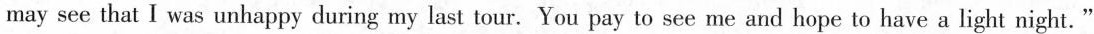
may see that I was unhappy during my last tour. You pay to see me and hope to have a light night."